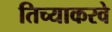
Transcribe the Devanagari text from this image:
तिच्याकरवे